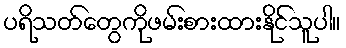
ပရိသတ်တွေကိုဖမ်းစားထားနိုင်သူပါ။